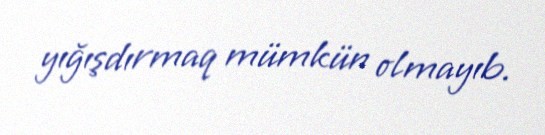
yığışdırmaq mümkün olmayıb.